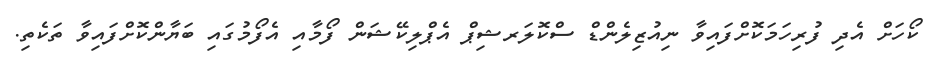
ކޯހަށް އެދި ފުރިހަމަކޮށްފައިވާ ނިއުޒިލެންޑް ސްކޮލަރޝިޕް އެޕްލިކޭޝަން ފޯމާއި އެފޯމުގައި ބަޔާންކޮށްފައިވާ ތަކެތި.